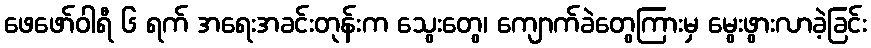
ဖေဖော်ဝါရီ ၆ ရက် အရေးအခင်းတုန်းက သွေးတွေ၊ ကျောက်ခဲတွေကြားမှ မွေးဖွားလာခဲ့ခြင်း